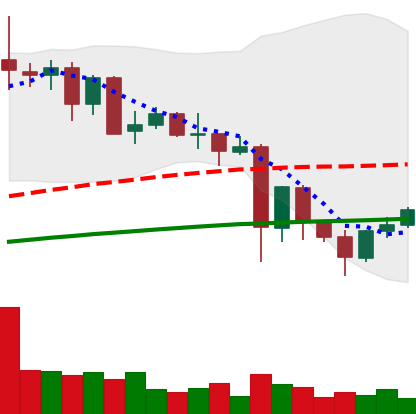
Ticker: NEO-USD
Chart end date: 2021-05-26
Forward return: -10.333%
Label: down_7plus